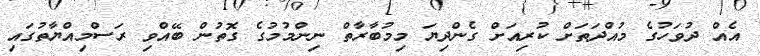
އެއް ދުވަހުގެ މުއްދަތަށް ކުރިއަށް ގެންދިޔަ މިމުބާރާތް ނިންމުމުގެ ގޮތުން ބޭއްވި ރަސްމިއްޔާތުގައި